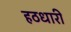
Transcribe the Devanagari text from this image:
हठधारी